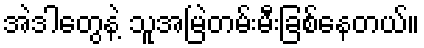
အဲဒါတွေနဲ့ သူအမြဲတမ်းမီးခြစ်နေတယ်။